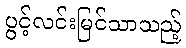
ပွင့်လင်းမြင်သာသည့်